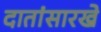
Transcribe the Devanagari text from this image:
दातांसारखे